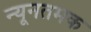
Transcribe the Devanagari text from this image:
न्यूनतमक